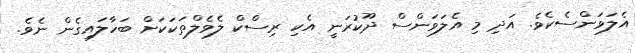
އެލަވަންސެކެވެ. އަދި މި އެލަވަންސް ދޫކުރަނީ އެކި ރިސްކް ލެވެލްތަކަކަށް ބަހާލައިގެން ނެވެ.